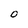
Character: O